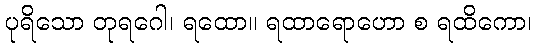
ပုရိသော တုရဂေါ၊ ရထော။ ရထာရောဟော စ ရထိကော၊